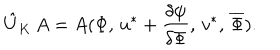
LaTeX: \hat { U } _ { K } \, A = A ( \Phi , \, u ^ { * } + \frac { \delta \psi } { \delta \Phi } , \, v ^ { * } , \, \overline { { { \Phi } } } ) .